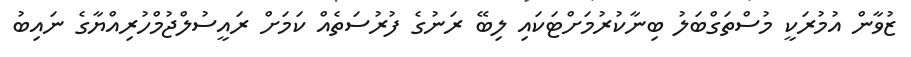
ޒުވާން އުމުރަކީ މުސްތަގްބަލު ބިނާކުރުމަށްޓަކައި ލިބޭ ރަނުގެ ފުރުސަތެއް ކަމަށް ރައީސުލްޖުމްހުރިއްޔާގެ ނައިބު